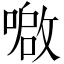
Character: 𫫤